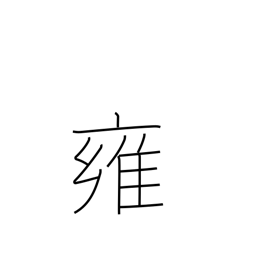
Meaning: mitigation